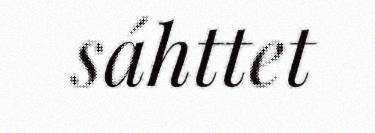
sáhttet